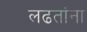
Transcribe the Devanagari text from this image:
लढतांना